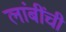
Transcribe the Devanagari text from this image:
लांबींची